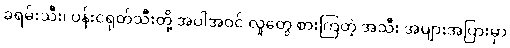
ခရမ်းသီး၊ ပန်းငရုတ်သီးတို့ အပါအဝင် လူတွေ စားကြတဲ့ အသီး အများအပြားမှာ